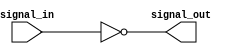
module Inverter_Delay (
    input wire signal_in,
    output wire signal_out
);

assign signal_out = ~signal_in;

endmodule